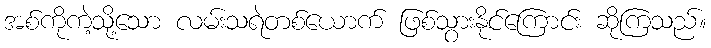
အစ်ကိုကဲ့သို့သော လမ်းသရဲတစ်ယောက် ဖြစ်သွားနိုင်ကြောင်း ဆိုကြသည်။